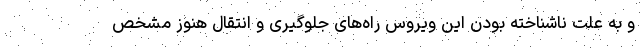
و به علت ناشناخته بودن این ویروس راه‌های جلوگیری و انتقال هنوز مشخص